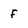
Character: f